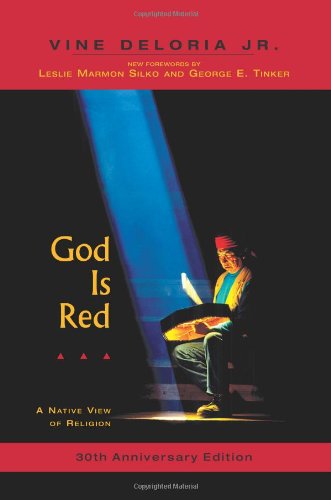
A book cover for God Is Red: A Native View of Religion, 30th Anniversary Edition; Vine Deloria Jr.; Politics & Social Sciences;